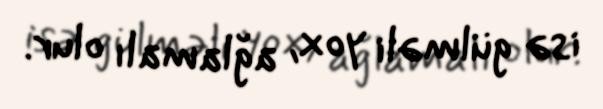
isə gülməli yox, ağlamalı olur.